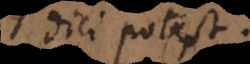
dici potest.